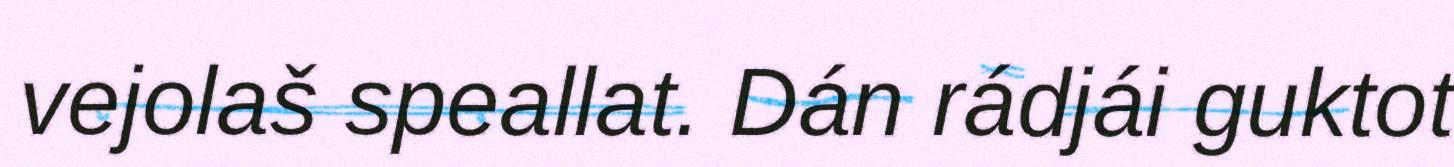
vejolaš speallat. Dán rádjái guktot